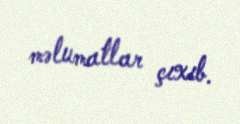
məlumatlar çıxıb.